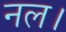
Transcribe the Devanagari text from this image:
नल।